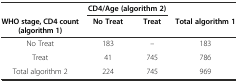
|  | <COLSPAN=2> CD4/Age (algorithm 2) |  |
 | WHO stage, CD4 count (algorithm 1) | No Treat | Treat | Total algorithm 1 |
 | --- | --- | --- | --- |
 | No Treat | 183 | -- | 183 |
 | Treat | 41 | 745 | 786 |
 | Total algorithm 2 | 224 | 745 | 969 |